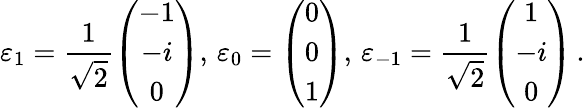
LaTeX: \varepsilon_{1}=\frac{1}{\sqrt{2}}\left(\begin{array}{c}{{-1}}\\ {{-i}}\\ {{0}}\end{array}\right),\, \varepsilon_{0}=\left(\begin{array}{c}{{0}}\\ {{0}}\\ {{1}}\end{array}\right),\, \varepsilon_{-1}=\frac{1}{\sqrt{2}}\left(\begin{array}{c}{{1}}\\ {{-i}}\\ {{0}}\end{array}\right)\, .